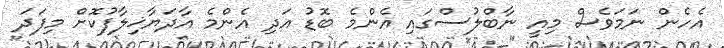
އެހެން ނަމަވެސް މިއީ ނާބްލުސްގައި އެންމެ ބޮޑު އަދި އެންމެ އާދަޔާޚިލާފުކޮށް މިފަދަ